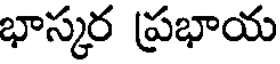
భాస్కర ప్రభాయ